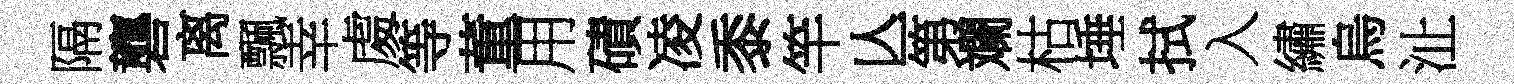
隔礱离飄幸䖏等董用磧凌黍竿亾第斕枯埵拭入繡烏沚